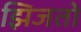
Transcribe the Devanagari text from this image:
झिजतो